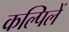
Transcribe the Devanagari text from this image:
कल्पिलें